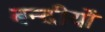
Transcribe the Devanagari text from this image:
बन्दीयों